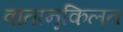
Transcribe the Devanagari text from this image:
वातानूकिलत